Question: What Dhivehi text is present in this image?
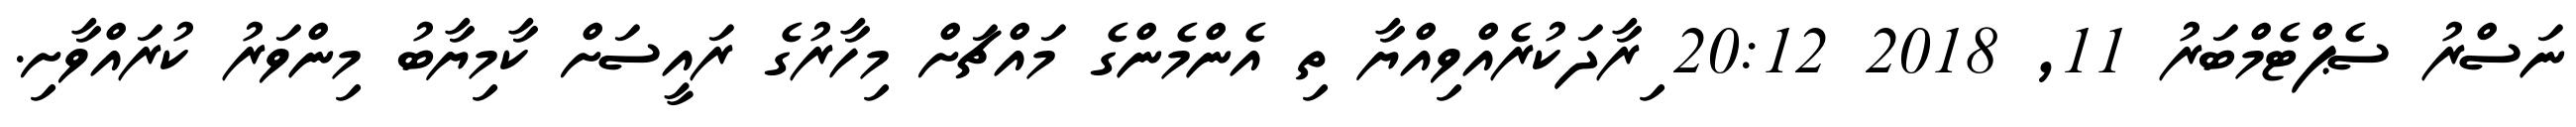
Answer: ނަސްރު ސެޕްޓެމްބަރު 11, 2018 20:12 ިރާދަކުރެއްވިއްޔާ ތި އެންމެންގެ މައްޗަށް މިހާރުގެ ރައީސަށް ކާމިޔާބު މިންވަރު ކުރައްވާށި.